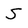
Character: S